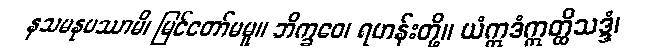
နသမနုပဿာမိ၊ မြင်တော်မမူ။ ဘိက္ခဝေ၊ ရဟန်းတို့။ ယံဣဒံဣတ္ထိသဒ္ဒံ၊